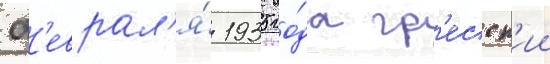
ф'еврал'я́ 1935 го́да гр'есск'ии